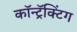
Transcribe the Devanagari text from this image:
कॉन्ट्रॅक्टिंग